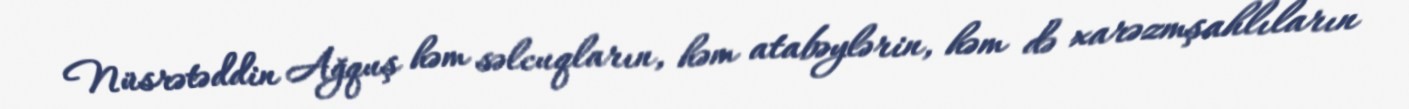
Nüsrətəddin Ağquş həm səlcuqların, həm atabəylərin, həm də xarəzmşahlıların